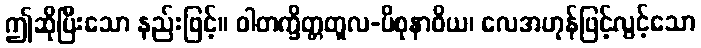
ဤဆိုပြီးသော နည်းဖြင့်။ ဝါတက္ခိတ္တတူလ-ပိစုနာဝိယ၊ လေအဟုန်ဖြင့်လွင့်သော